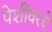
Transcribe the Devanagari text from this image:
पेशींवरचे